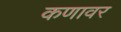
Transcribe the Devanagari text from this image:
कणावर